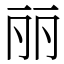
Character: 丽